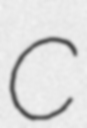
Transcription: C